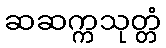
ဆဆက္ကသုတ္တံ